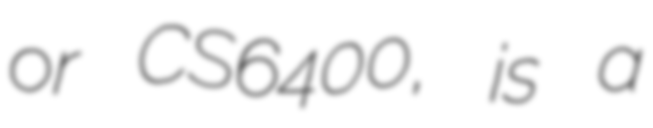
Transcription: or CS6400, is a